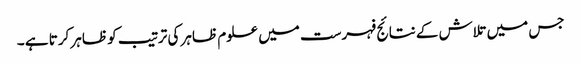
جس میں تلاش کے نتائج فہرست میں علوم ظاہر کی ترتیب کو ظاہر کرتا ہے ۔